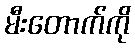
မီးတောက်ကို